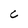
Character: C